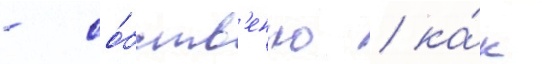
- со́бств'енно / ка́к